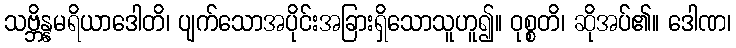
သဗ္ဘိန္နမရိယာဒေါတိ၊ ပျက်သောအပိုင်းအခြားရှိသောသူဟူ၍။ ဝုစ္စတိ၊ ဆိုအပ်၏။ ဒေါဏ၊